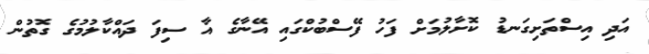
އަދި އިސްތަށިގަނޑު ކޮށާލުމަށް ފަހު ފޭސްބުކްގައި އޭނާގެ އާ ސިފަ ދައްކާލުމުގެ ގޮތުން